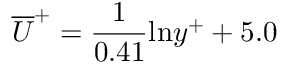
\overline { { U } } ^ { + } = \frac { 1 } { 0 . 4 1 } \mathrm { l n } y ^ { + } + 5 . 0